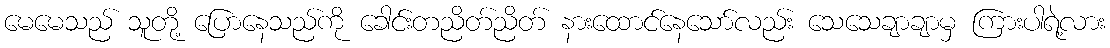
မေမေသည် သူတို့ ပြောနေသည်ကို ခေါင်းတညိတ်ညိတ် နားထောင်နေသော်လည်း သေသေချာချာမှ ကြားပါရဲ့လား